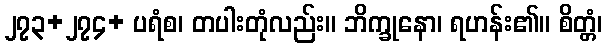
၂၇၃+၂၇၄+ ပရံစ၊ တပါးတုံလည်း။ ဘိက္ခုနော၊ ရဟန်း၏။ စိတ္တံ၊